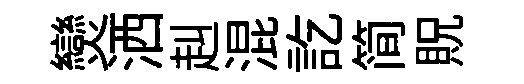
𤓖洒赳混訖简貺